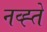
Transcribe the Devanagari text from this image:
नव्ह्ते